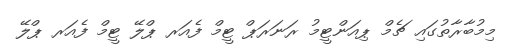
މިމުބާރާތުގައި ޗެމް ޕިއަންޓީމު ރަނަރަޕް ޓީމް ފެއަރ ޕްލޭ ޓީމް ފެއަރ ޕްލޭ